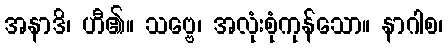
အနာဒိ၊ ဟီ၏။ သဗ္ဗေ၊ အလုံးစုံကုန်သော။ နာဂါစ၊